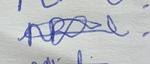
Signature authenticity: genuine